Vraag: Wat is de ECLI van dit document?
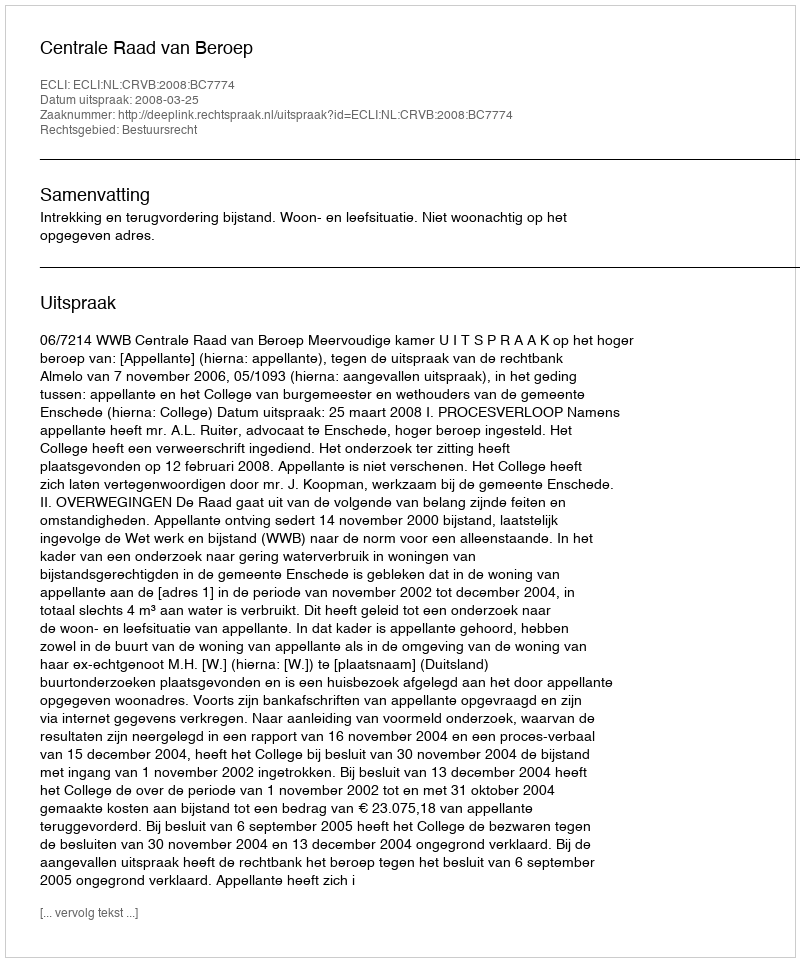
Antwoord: ECLI:NL:CRVB:2008:BC7774